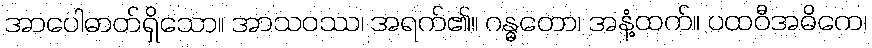
အာပေါဓာတ်ရှိသော။ အာသဝဿ၊ အရက်၏။ ဂန္ဓတော၊ အနံ့ထက်။ ပထဝီအဓိကေ၊